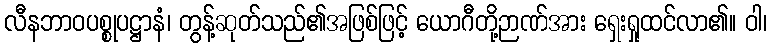
လီနဘာဝပစ္စုပဋ္ဌာနံ၊ တွန့်ဆုတ်သည်၏အဖြစ်ဖြင့် ယောဂီတို့ဉာဏ်အား ရှေးရှုထင်လာ၏။ ဝါ၊